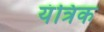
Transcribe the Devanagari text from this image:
यंत्रिक